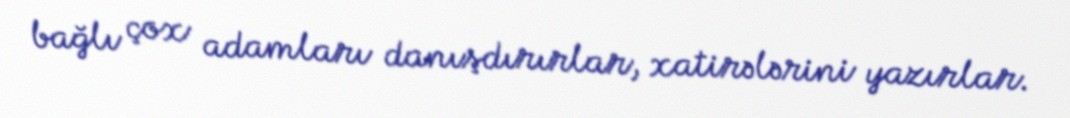
bağlı çox adamları danışdırırlar, xatirələrini yazırlar.